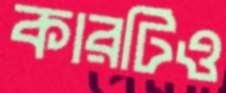
কারটিও